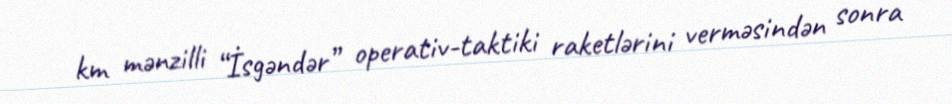
km mənzilli “İsgəndər” operativ-taktiki raketlərini verməsindən sonra